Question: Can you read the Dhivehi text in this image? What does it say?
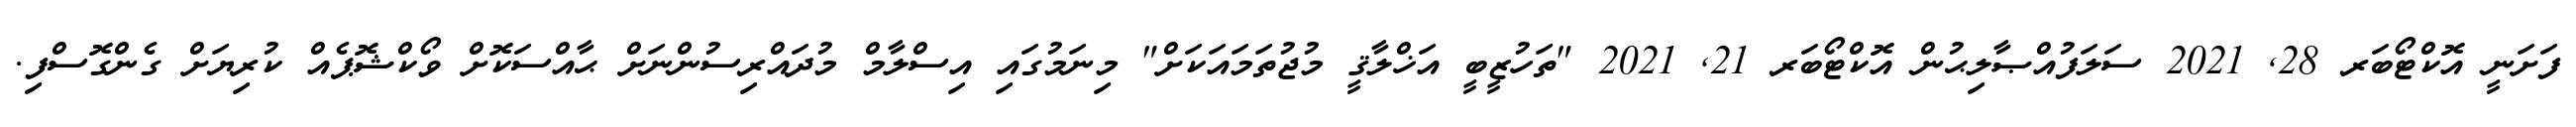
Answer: ފަށަނީ އޮކްޓޯބަރ 28, 2021 ސަލަފުއްޞާލިޙުން އޮކްޓޯބަރ 21, 2021 "ތަހުޒީބީ އަޚްލާޤީ މުޖުތަމައަކަށް" މިނަމުގައި އިސްލާމް މުދައްރިސުންނަށް ޙާއްސަކޮށް ވޯކްޝޮޕެއް ކުރިޔަށް ގެންގޮސްފި.